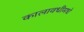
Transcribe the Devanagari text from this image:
कालावधीमधे